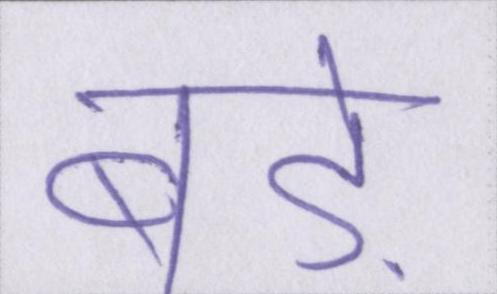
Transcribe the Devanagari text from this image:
बड़े